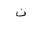
Letter: _non